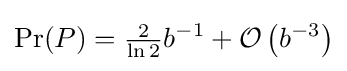
\Pr(P)={\tfrac {2}{\ln 2}}b^{-1}+{\mathcal {O}}\left(b^{-3}\right)